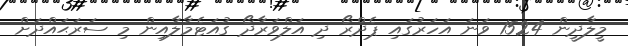
މީލާދީން 1524 ވަނަ އަހަރުގައި ޕެދްރޯ ދި އަލްވަރާދޯ ގުއަޓެމާލާއިން މި ސަރަޙައްދަށް